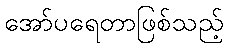
အော်ပရေတာဖြစ်သည့်